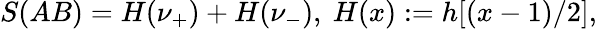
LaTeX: S(AB)=H(\nu_{+})+H(\nu_{-}),~H(x):=h[\left(x-1\right)/2],